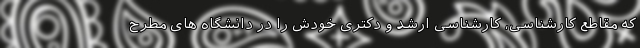
که مقاطع کارشناسی، کارشناسی ارشد و دکتری خودش را در دانشگاه های مطرح